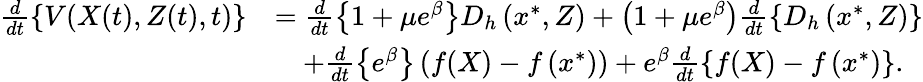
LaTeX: \begin{array}{rl}{\frac{d}{dt}\left\{ V(X(t),Z(t),t)\right\} }&{=\frac{d}{dt}\left\{ 1+\mu e^{\beta}\right\} D_{h}\left(x^{*},Z\right)+\left(1+\mu e^{\beta}\right)\frac{d}{dt}\left\{ D_{h}\left(x^{*},Z\right)\right\} }\\ &{\quad+\frac{d}{dt}\left\{ e^{\beta}\right\} \left(f(X)-f\left(x^{*}\right)\right)+e^{\beta}\frac{d}{dt}\left\{ f(X)-f\left(x^{*}\right)\right\} .}\end{array}